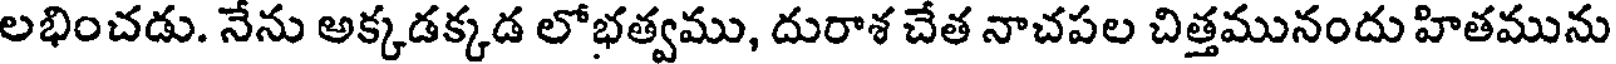
లభించడు. నేను అక్కడక్కడ లోభత్వము, దురాశ చేత నాచపల చిత్తమునందు హితమును